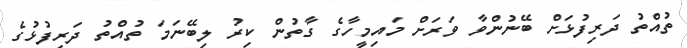
ތުއްތު ދަރިފުޅަށް ބޭނުންވާ ވަރަށް މައިމީހާގެ ގާތުން ކިރު ލިބޭނަމަ ތުއްތު ދަރިފުޅުގެ